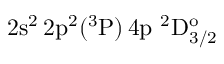
\mathrm { 2 s ^ { 2 } \, 2 p ^ { 2 } ( ^ { 3 } P ) \, 4 p ~ ^ { 2 } D _ { 3 / 2 } ^ { o } }